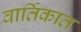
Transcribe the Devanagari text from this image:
वार्तिकात